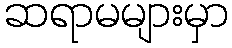
ဆရာမများမှာ